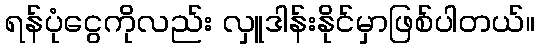
ရန်ပုံငွေကိုလည်း လှူဒါန်းနိုင်မှာဖြစ်ပါတယ်။